Tezpur Lunatic Asylum reports 1895-1904 - 1895-1904
Year: 1895
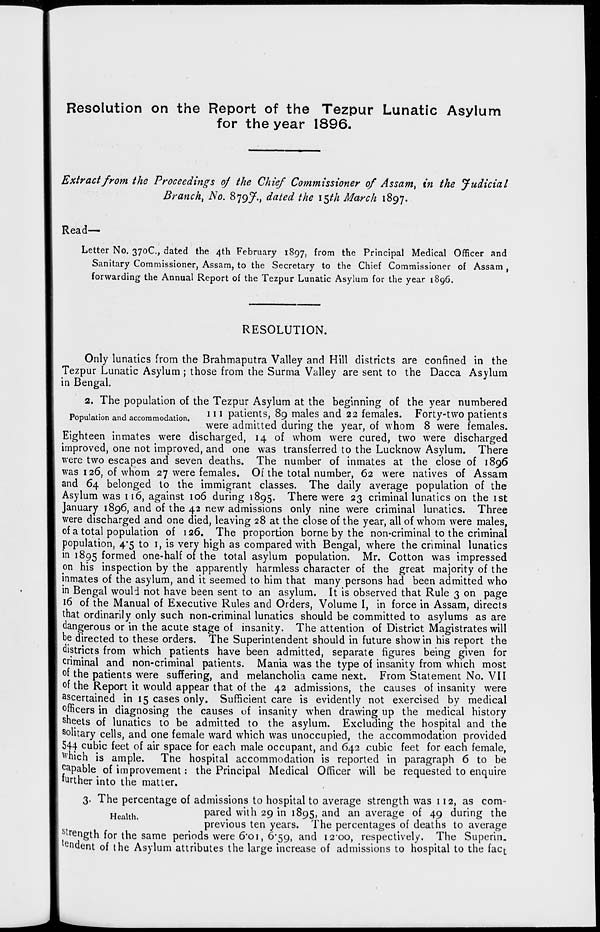
Resolution on the Report of the Tezpur Lunatic Asylum
for the year 1896.
Extract from the Proceedings of the Chief Commissioner of Assam, in the Judicial
Branch, No. 879/^., dated the i$th March 1897.
Read-
Letter No. 370C, dated the 4th February 1897, from the Principal Medical Officer and
Sanitary Commissioner, Assam, to the Secretary to the Chief Commissioner of Assam ,
forwarding the Annual Report of the Tezpur Lunatic Asylum for the year 1896.
RESOLUTION.
Only lunatics from the Brahmaputra Valley and Hill districts are confined in the
Tezpur Lunatic Asylum ; those from the Surma Valley are sent to the Dacca Asylum
in Bengal.
2. The population of the Tezpur Asylum at the beginning of the year numbered
-„ , .. j ,
, ..
in patients, 8g males and 22 females. Forty-two patients
Population and accommodation.
*i •
1 -? •
1
p
1
o
Ti
were admitted during the year, or whom o were females.
Eighteen inmates were discharged, 14 of whom were cured, two were discharged
improved, one not improved, and one was transferred to the Lucknow Asylum. There
were two escapes and seven deaths. The number of inmates at the close of 1896
was 126, of whom 27 were females. Of the total number, 62 were natives of Assam
and 64 belonged to the immigrant classes. The daily average population of the
Asylum was 116, against 106 during 1895. There were 23 criminal lunatics on the 1st
January 1896, and of the 42 new admissions only nine were criminal lunatics. Three
were discharged and one died, leaving 28 at the close of the year, all of whom were males,
of a total population of 126. The proportion borne by the non-criminal to the criminal
population, 4*5 to 1, is very high as compared with Bengal, where the criminal lunatics
in 1895 formed one-half of the total asylum population. Mr. Cotton was impressed
on his inspection by the apparently harmless character of the great majority of the
inmates of the asylum, and it seemed to him that many persons had been admitted who
in Bengal would not have been sent to an asylum. It is observed that Rule 3 on page
16 of the Manual of Executive Rules and Orders, Volume I, in force in Assam, directs
that ordinarily only such non-criminal lunatics should be committed to asylums as are
dangerous or in the acute stage of insanity. The attention of District Magistrates will
be directed to these orders. The Superintendent should in future show in his report the
districts from which patients have been admitted, separate figures being given for
criminal and non-criminal patients. Mania was the type of insanity from which most
of the patients were suffering, and melancholia came next. From Statement No. VII
of the Report it would appear that of the 42 admissions, the causes of insanity were
ascertained in 15 cases only. Sufficient care is evidently not exercised by medical
officers in diagnosing the causes of insanity when drawing up the medical history
sheets of lunatics to be admitted to the asylum. Excluding the hospital and the
solitary cells, and one female ward which was unoccupied, the accommodation provided
544 cubic feet of air space for each male occupant, and 642 cubic feet for each female,
which is ample. The hospital accommodation is reported in paragraph 6 to be
capable of improvement: the Principal Medical Officer will be requested to enquire
further into the matter.
3. The percentage of admissions to hospital to average strength was 112, as com-
Health
pared with 29 in 1895, and an average of 49 during the
previous ten years. The percentages of deaths to average
length for the same periods were 6*01, 6*59, and 12-00, respectively. The Superin.
indent of the Asylum attributes the large increase of admissions to hospital to the fac^